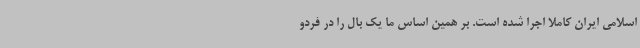
اسلامی ایران کاملا اجرا شده است. بر همین اساس ما یک بال را در فردو